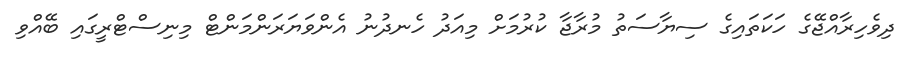
ދިވެހިރާއްޖޭގެ ހަކަތައިގެ ސިޔާސަތު މުރާޖާ ކުރުމަށް މިއަދު ހެނދުނު އެންވަޔަރަންމަންޓް މިނިސްޓްރީގައި ބޭއްވި